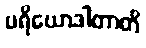
ပရိယောဒါတာတိ